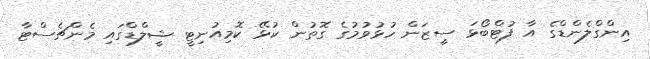
އިންގްލެންޑްގެ އާ ފުޓްބޯޅަ ސީޒަން ހުޅުވުމުގެ ގޮތުން ކުޅޭ ކޮމިއުނިޓީ ޝީލްޑްގައި މެންޗެސްޓާ